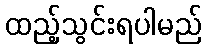
ထည့်သွင်းရပါမည်